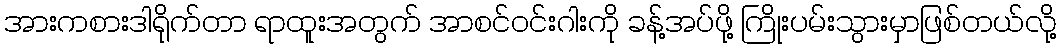
အားကစားဒါရိုက်တာ ရာထူးအတွက် အာစင်ဝင်းဂါးကို ခန့်အပ်ဖို့ ကြိုးပမ်းသွားမှာဖြစ်တယ်လို့